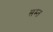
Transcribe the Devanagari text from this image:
सम्त